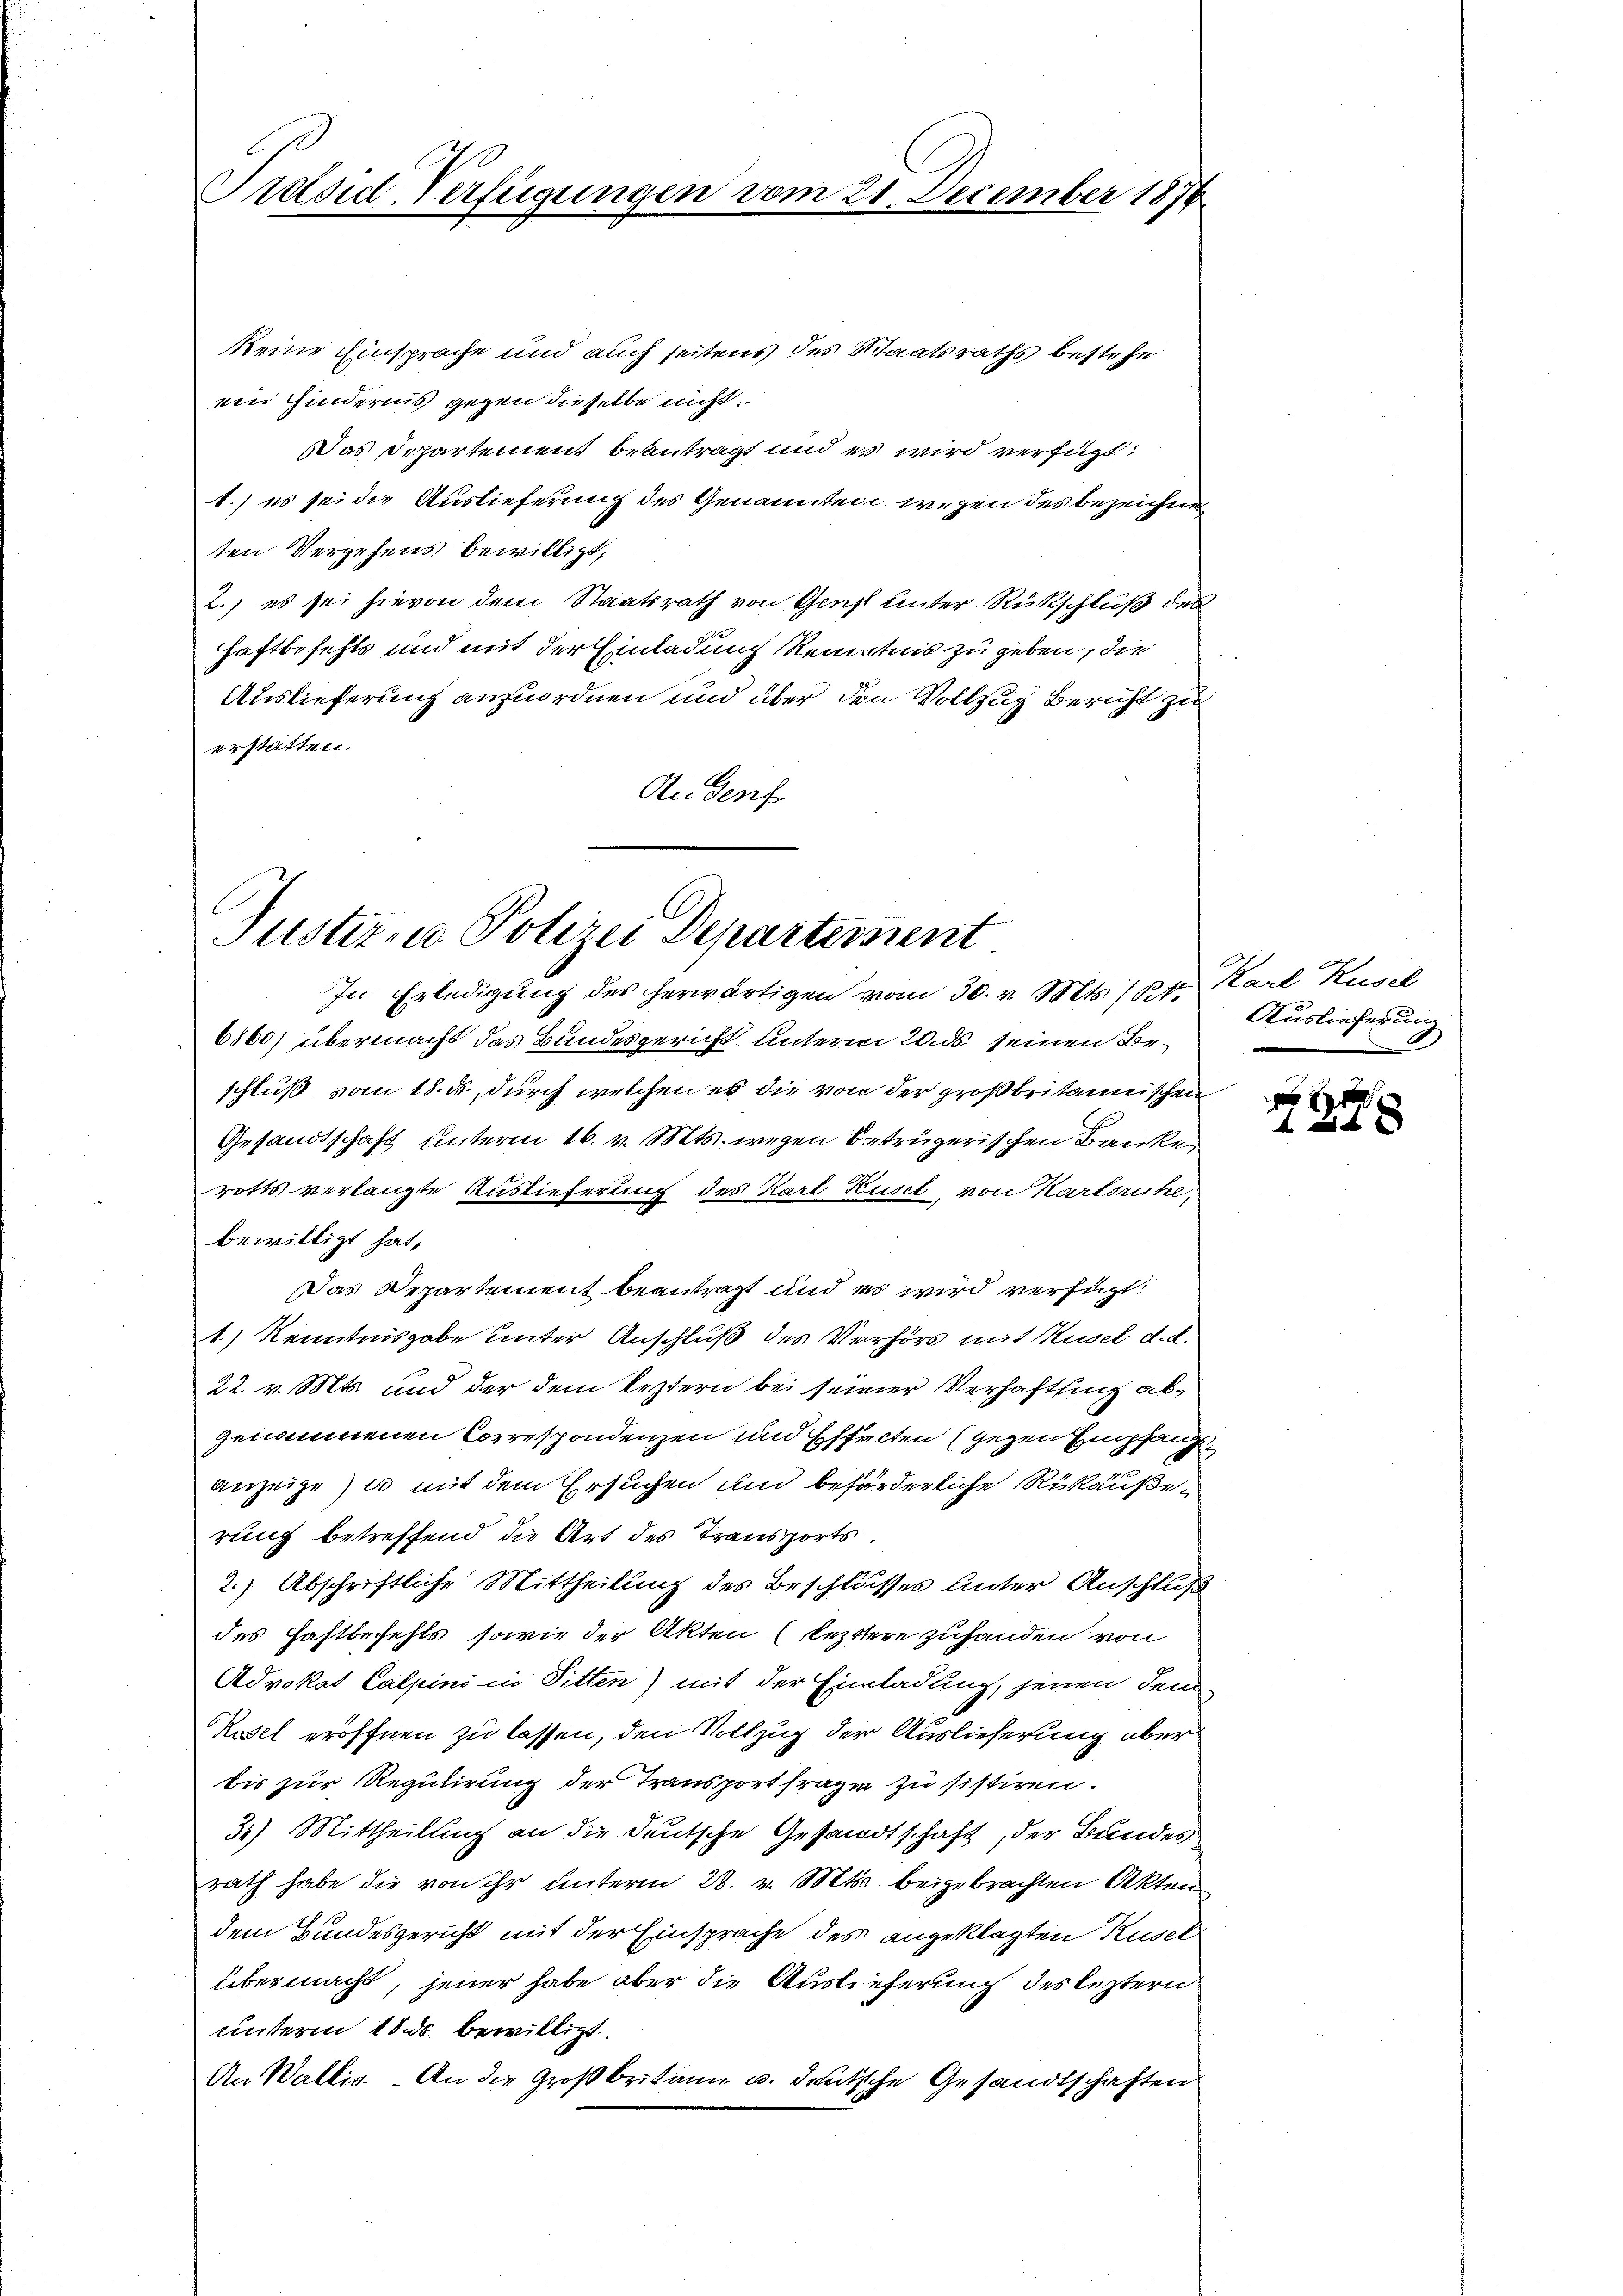
Präsid. Verfügungen vom 21. December 1870

keine Einsprache und auch seitens des Staatsraths bestehe
ein Hindernis gegen dieselbe nicht
Das Departement beantragt und es wird verfügt:
1.) es sei die Auslieferung des Genannten wegen des bezeichnen
ten Vergehens bewilligt,
2.) es sei hievon dem Staatsrath von Genf unter Rückschluß des
haftbefehls und mit der Einladung Kenntnis zu geben, die
Auslieferung anzuordnen und über den Vollzug Bericht zu
erstatten.
Audent

Justiz - Polizei Departement
In Erledigung des herwärtigen vom 30. v. Mts. 1 Rp. Karl Küsel

6860) übermacht das Bundesgericht unterm 20. ds seinen Beschluß vom 18. ds, durch welchen es die von der großbritannischen
Gesandtschaft unterm 16. v. Mts. wegen betrügerischen Banke
rotts verlangte Auslieferung des Karl Kusct, von Karlsruhe,
bewilligt hat,
Das Departement beantragt und es wird verfügt:
1) Kenntnisgabe unter Anschluß des Verhörs mit Husel d. d.
22. v. Mts. und der dem leztern bei seiner Verhaftling abgenommenen Correspondenzen und Effecten (gegen Empfang
anzeige) u. mit dem Ersuchen und beförderliche Rükäußerung betreffend die Art des Transports.
2.) Abschriftliche Mittheilung des Beschlusses unter Anschluß
des Haftbefehls, sowie der Akten (leztere zuhanden von
Advokat Calpini in Pitten) mit der Einladung, jenen dem
Rusel eröffnen zu lassen, den Vollzug der Auslieferung aber
bis zur Regulirung der Transport fragen zu sistiren.
3.) Mittheilung an die deutsche Gesandtschaft, der Bundes
rath habe die von ihr unterm 28. v. Mts. beigebrachten Akten
dem Bundesgericht mit der Einsprache des angeklagten Rusel
übermacht, jener habe aber die Auslieferung des leztern
unterm 18. ds. bewilligt.
An Wallis. An die Großbritann u. deutsche Gesandtschaften

Auslieferung
3

f 2 x
 f 0 xx